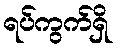
ရပ်ကွက်ရှိ